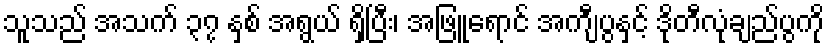
သူသည် အသက် ၃၇ နှစ် အရွယ် ရှိပြီး၊ အဖြူရောင် အကျီပွနှင့် ဒိုတီလုံချည်ပွကို